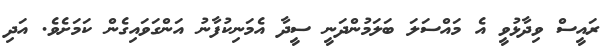
ރައީސް ވިދާޅުވީ އެ މައްސަލަ ބަލަމުންދަނީ ސީދާ އެމަނިކުފާނު އަންގަވައިގެން ކަމަށެވެ. އަދި